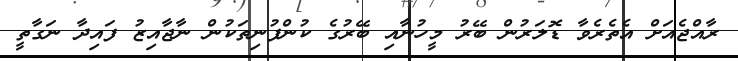
ރާއްޖެއަށް އެތެރެވާ ޑޮލަރުން ބޭރު މީހުނާއި ބޭރުގެ ކުންފުނިތަކުން ނާޖާއިޒު ފައިދާ ނަގާތީ